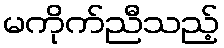
မကိုက်ညီသည့်